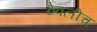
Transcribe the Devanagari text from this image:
ठेवलीच